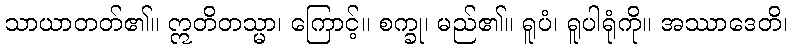
သာယာတတ်၏။ ဣတိတသ္မာ၊ ကြောင့်။ စက္ခု၊ မည်၏။ ရူပံ၊ ရူပါရုံကို။ အဿာဒေတိ၊